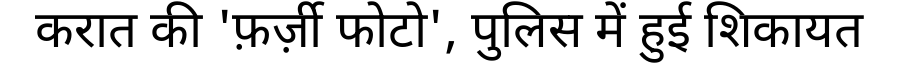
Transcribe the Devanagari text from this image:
करात की 'फ़र्ज़ी फोटो', पुलिस में हुई शिकायत